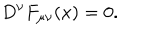
LaTeX: D ^ { \nu } F _ { \mu \nu } ( x ) = 0 .